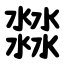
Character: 㵘